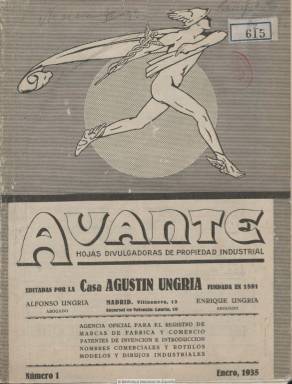
Título: Avante (Madrid. 1935)
Colección: Industria
Ámbito geográfico: Madrid
Lugar de publicación: Madrid
Fechas: 01/01/1935-31/07/1936

Con el subtítulo “hojas divulgadoras de propiedad industrial”, esta revista es editada por la Casa Agustín Ungría, fundada en 1891, de la que eran directores los abogados y agentes de la Propiedad Industrial Alfonso y Enrique Ungría, para divulgar los servicios de esta agencia dedicada al registro de marcas de fábrica y comercio, patentes e invenciones e introducción de nombres o rótulos comerciales e industriales. La publicación es trimestral y de dieciséis páginas por entrega. Sus contenidos contienen una guía para saber registrar patentes y marcas tanto en España como en el extranjero, una sección de consultas frecuentes y textos divulgativos, como invenciones y novedades industriales, una breve historia de la marca La Voz de su Amo o de Tomas Edison, o cosas que hay que inventar. Está ilustrada con dibujos. El último número de este titulo es el 8, correspondiente a julio de 1936. La Casa Agustín Ungría también edita estos años la revista mensual Vida de negocios, sobre organización del trabajo, arte de vender, publicidad y técnica comercial.